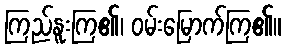
ကြည်နူးကြ၏၊ ဝမ်းမြောက်ကြ၏။